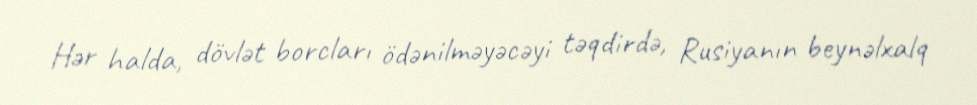
Hər halda, dövlət borcları ödənilməyəcəyi təqdirdə, Rusiyanın beynəlxalq